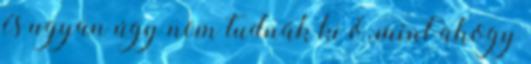
és ugyan úgy nem tudnák ki ő, mint ahogy